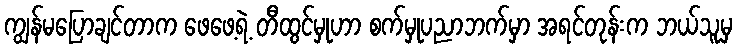
ကျွန်မပြောချင်တာက ဖေဖေ့ရဲ့ တီထွင်မှုဟာ စက်မှုပညာဘက်မှာ အရင်တုန်းက ဘယ်သူမှ